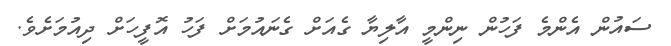
ސައުން އެންމެ ފަހުން ނިންމީ އާލިޔާ ގެއަށް ގެނައުމަށް ފަހު އޮފީހަށް ދިއުމަށެވެ.